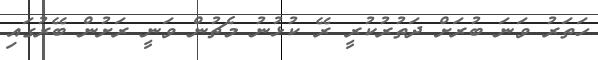
ހަތަރު ވަނަ ބުރަށް ދަތުރުކުރީ ރޭ ކުޅުނު މެޗުން ވަނީ ރަށުން ބޭރުގައި